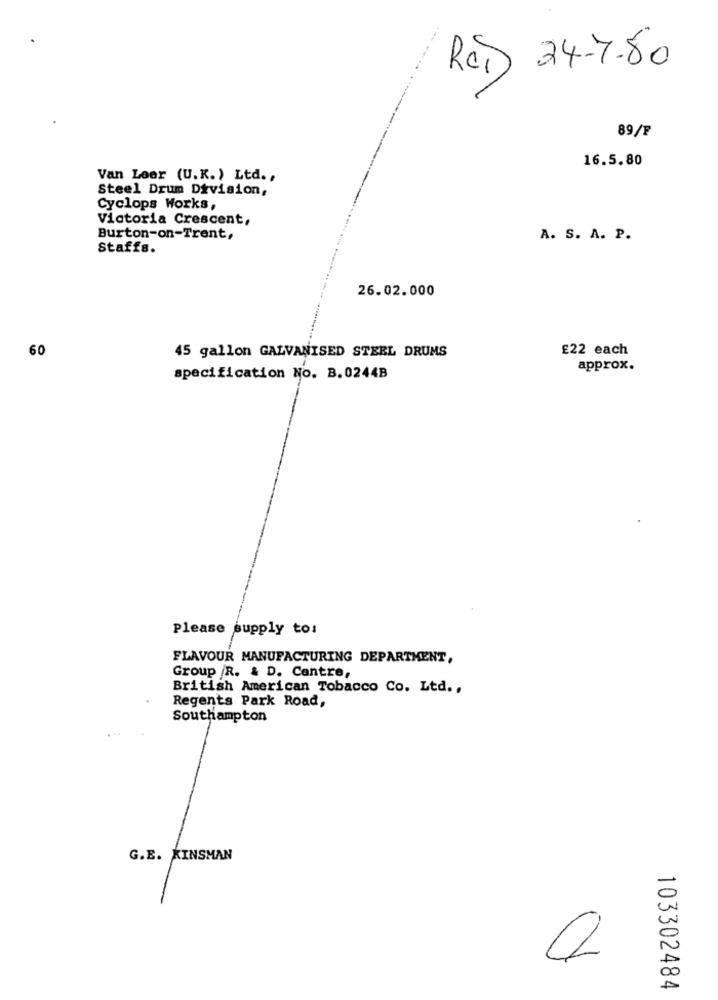
Rci 24-7-80
89/F
16.5.80
Van Leer (U.K.) Ltd .,
Steel Drum Division,
Cyclops Works,
Victoria Crescent,
Burton-on-Trent,
A. S. A. P.
Staffs.
26.02.000
60
45 gallon GALVANISED STEEL DRUMS
£22 each
approx.
specification No. B. 0244B
Please supply to:
FLAVOUR MANUFACTURING DEPARTMENT,
Group /R. & D. Cantre,
British American Tobacco Co. Ltd .,
Regents Park Road,
Southampton
G.E. KINSMAN
103302484